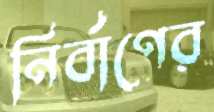
নির্বাণের